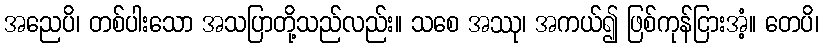
အညေပိ၊ တစ်ပါးသော အသပြာတို့သည်လည်း။ သစေ အဿု၊ အကယ်၍ ဖြစ်ကုန်ငြားအံ့။ တေပိ၊